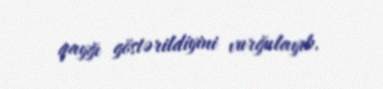
qayğı göstərildiyini vurğulayıb.